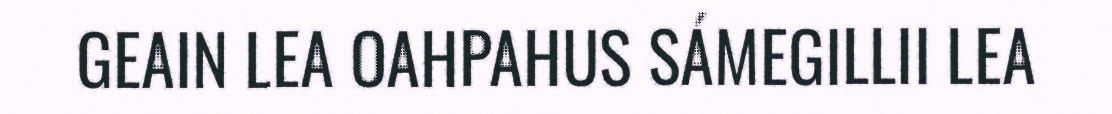
GEAIN LEA OAHPAHUS SÁMEGILLII LEA